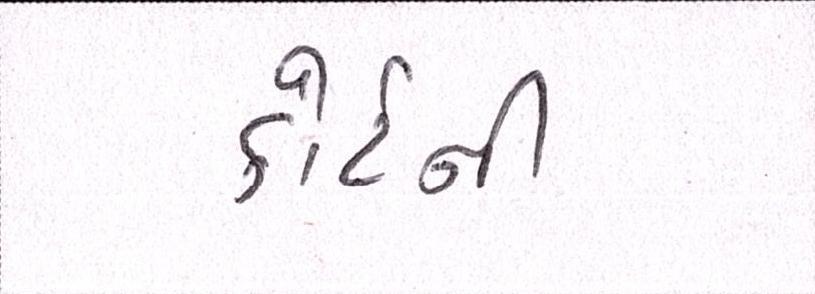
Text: કોર્ટની